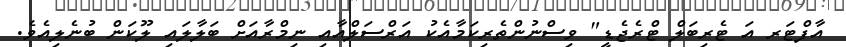
އާފްޓަރ އަ ޓެރިބަލް ޓްރެޖެޑީ" ވިސްނުންތެރިކަމާއެކު އަރްސަލްއާއި ނިމްރާއަށް ބަލާލައި ލޫކަން ބުނެލިއެވެ.